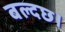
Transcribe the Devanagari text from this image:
बल्दछ।